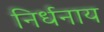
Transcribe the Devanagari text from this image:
निर्धनाय